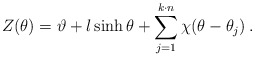
\begin{align*}Z(\theta )=\vartheta +l\sinh \theta +\sum ^{k\cdot n}_{j=1}\chi (\theta -\theta _{j})\: .\end{align*}